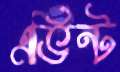
এভিন্ট